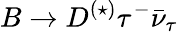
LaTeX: B\to D^{(\star)}\tau^{-}\bar{\nu}_{\tau}